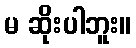
မ ဆိုးပါဘူး။